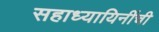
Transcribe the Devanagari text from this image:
सहाध्यायिनींची